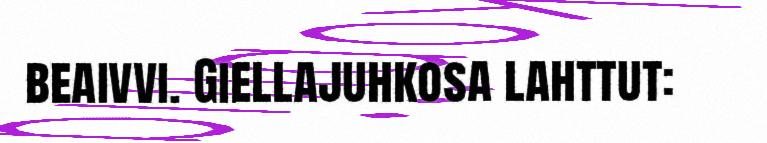
beaivvi. Giellajuhkosa lahttut: